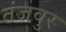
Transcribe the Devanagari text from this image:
तंजवुर